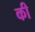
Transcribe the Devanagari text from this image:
की